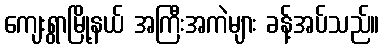
ကျေးရွာမြို့နယ် အကြီးအကဲများ ခန့်အပ်သည်။